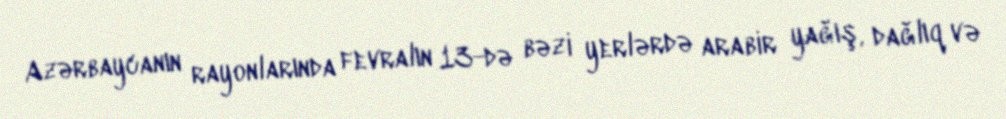
Azərbaycanın rayonlarında fevralın 13-də bəzi yerlərdə arabir yağış, dağlıq və